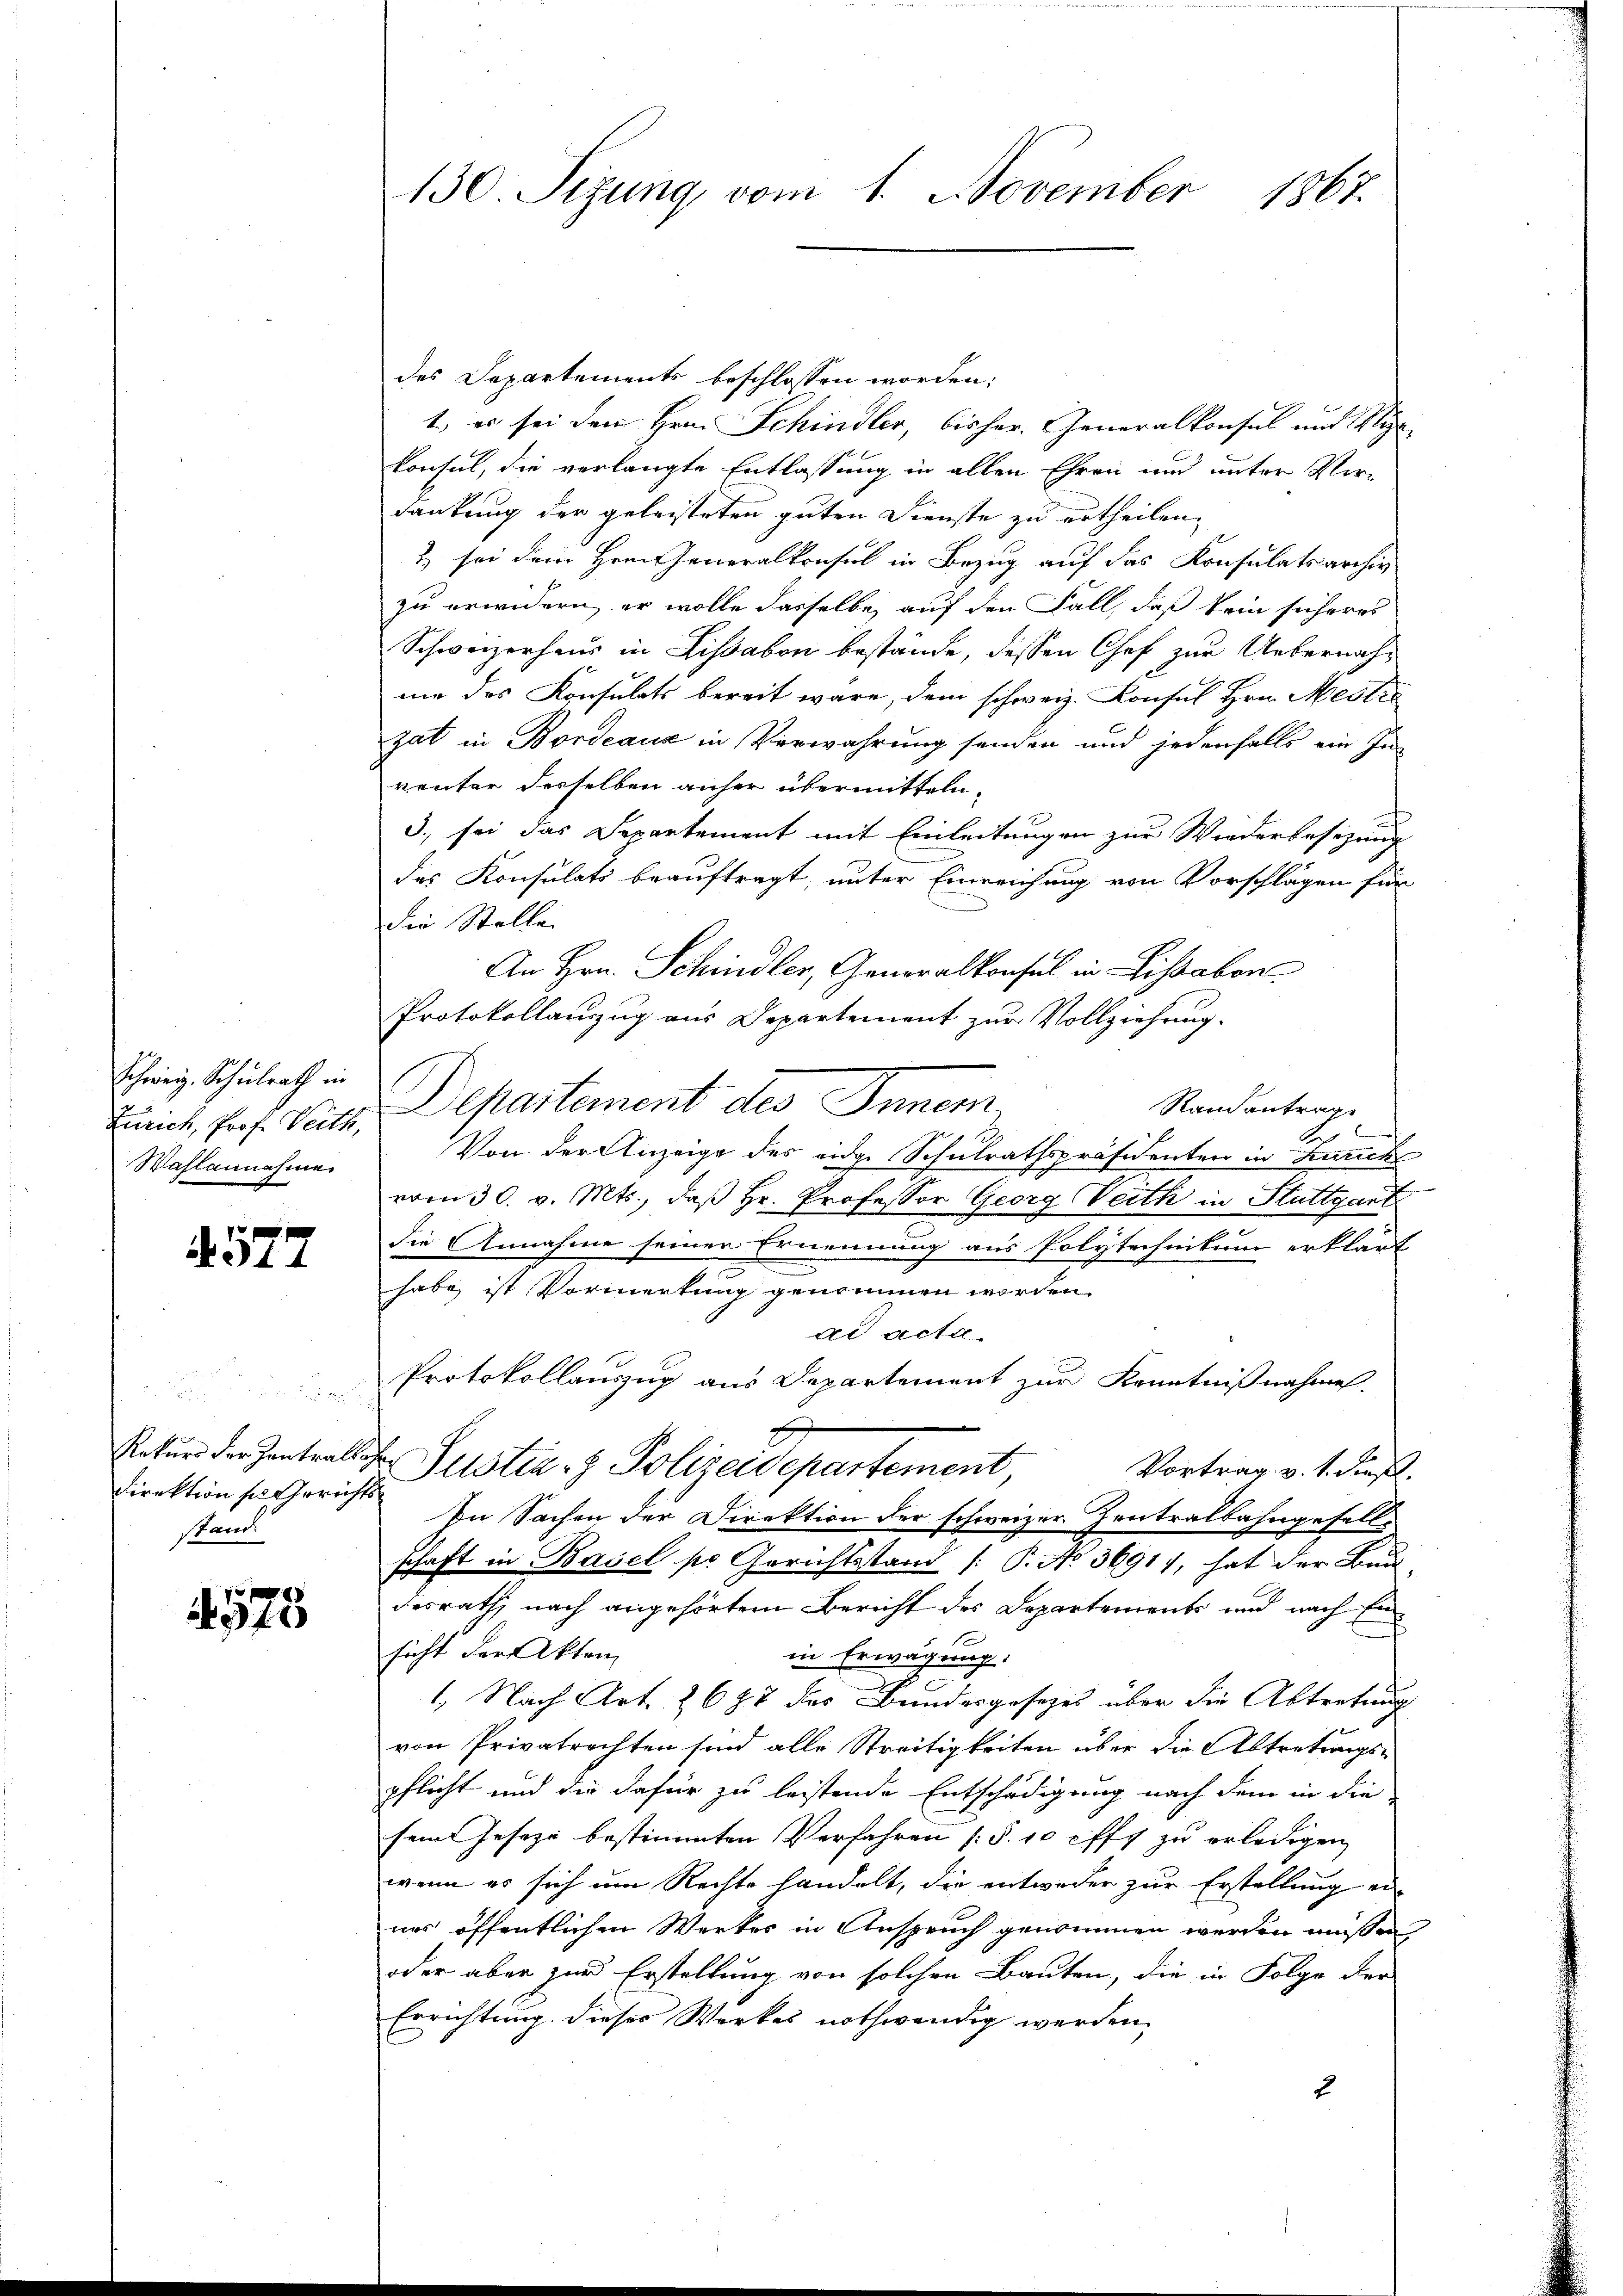
Schweiz. Schulrath in
Wahlannahme

577

Direktion sie Gerichts
stand

1575

des Departements beschlossen worden;
1.) es sei dem Hrn. Schindler, bisher Generalkonsul und Sti
konsul, die verlangte Entlassung in allen Ehren und unter Verdankung der geleisteten guten Dienste zu ertheilen,
& sei dem Hrn. Generalkonsul in Bezug auf das Konsulatsarchiv
zu erwidern, er wolle dasselbe auf den Fall, daß kein sicheres
Schweizerhaus in Lissabon bestände, dessen Chef zur Uebernahne das Konsulats bereit wäre, dem schweiz. Konsul Hrn. Mestre
gat in Bordeaux in Verwahrung senden und jedenfalls ein In-
renter derselben anher übermitteln,
3., sei das Departement mit Einleitungen zur Wiederbesezung
des Konsulats beauftragt, unter Einreichung von Vorschlägen für
die Stelle
An Hrn. Schindler, Generalkonsul in Lisabon
Protokollauszug aus Departement zur Vollziehung.
Raisantrag
Zürich, Prof. Veter Departement des Inner,
b
Von der Anzeige des eidge Schulrathspräsidenten in Zuricht
vom 30. v. Mts., daß Hr. Professor Georg Veith in Stuttgart
die Annahme seiner Ernennung aus Polytechnikum erklärt
habe ist Vormerkung genommen worden.
ad acta
Protokollanzug aus Departement zur Kenntnißnahmen.
Satur der Zentralsche Justiz- & Polizeidepartement
Vortrag v. 1. dieß.
In Sachen der Direktion der schweizer Zentralbahngesell
schaft in Basel pr Gerichtsstand [: P. No. 3691), hat der Bau-
desrath, nach angehörtem Bericht des Departements und nach Ein¬
1
sicht der Akten
in Erwägung:
1. Nach Art. 2688 des Bundesgesetzes über die Abtretung
von Privatrechten sind alle Streitigkeiten über die Abtretungs-
pflicht und die dafür zu leistende Entschädigung nach dem in die
sem Jeseze bestimmten Verfahren (§. 10 cffy zu erledigen
wenn es sich um Rechte handelt, die entweder zur Erstellung ei-
nes öffentlichen Werker in Anspruch genommen werden müßen,
oder aber zur Erstellung von solchen Bauten, die in Folge der
Errichtung dieses Werkes nothwendig werden.
2

130. Sizung vom 1. November 1867.